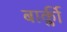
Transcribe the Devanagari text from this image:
बार्क्ली